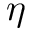
\boldsymbol { \eta }